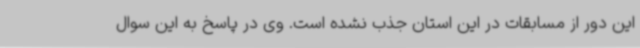
این دور از مسابقات در این استان جذب نشده است. وی در پاسخ به این سوال